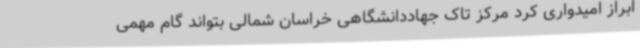
ابراز امیدواری کرد مرکز تاک جهاددانشگاهی خراسان شمالی بتواند گام مهمی